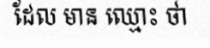
ដែល មាន ឈ្មោះ ថា